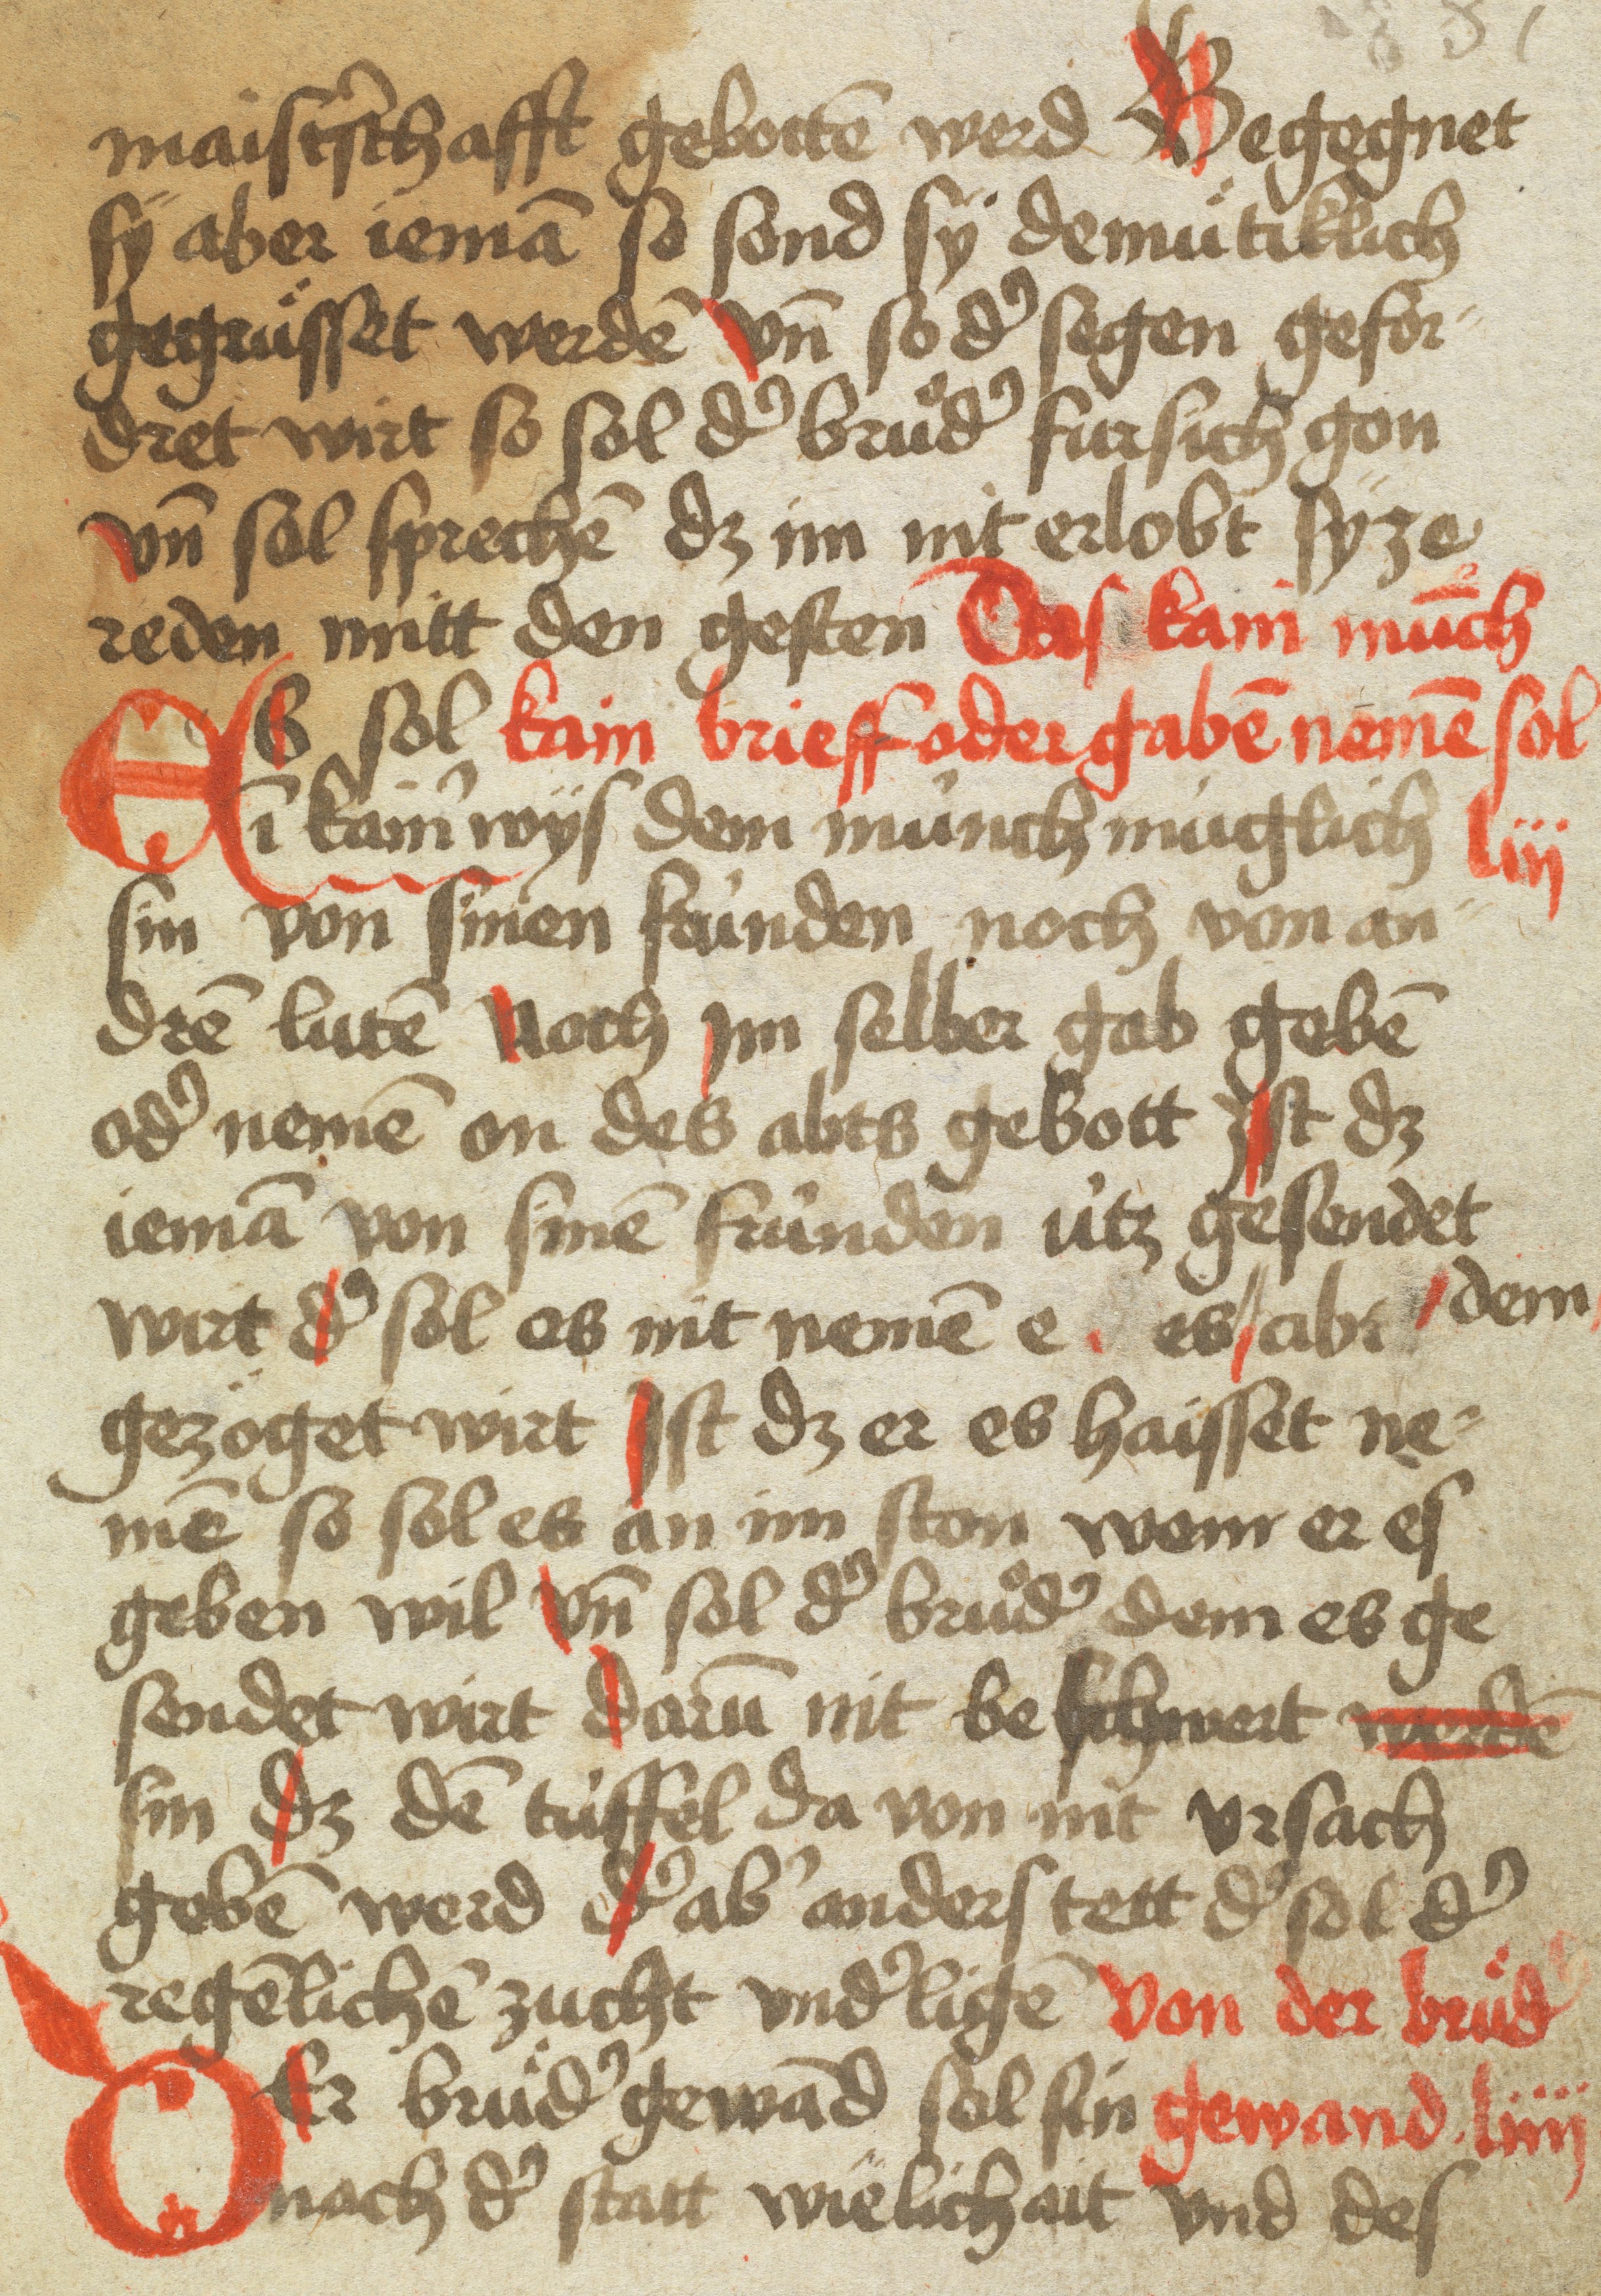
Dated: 1400–1599